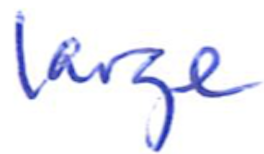
Text: large
Cross-out: clean
Writing tool: ballpoint